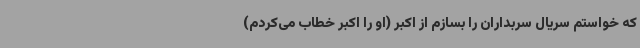
که خواستم سریال سربداران را بسازم از اکبر (او را اکبر خطاب می‌کردم)